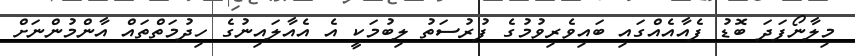
މިލާނޯފަދަ ބޮޑު ފެއާއެއްގައި ބައިވެރިވުމުގެ ފުރުސަތު ލިބުމަކީ އެ އެއާލައިނުގެ ހިދުމަތްތައް އާންމުންނަށް